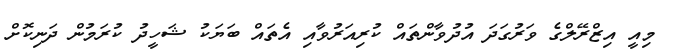
މިއީ އިޒްރޭލްގެ ވަރުގަދަ އުދުވާންތައް ކުރިއަރުވާއި އެތައް ބަޔަކު ޝަހީދު ކުރަމުން ދަނިކޮށް